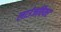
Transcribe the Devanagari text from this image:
लाउंजवियर